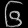
Digit: ၆